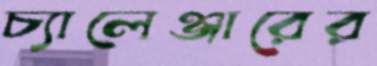
চ্যালেঞ্জারের